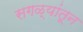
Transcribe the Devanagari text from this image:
सगळ्यांतून